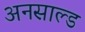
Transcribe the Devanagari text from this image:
अनसाल्ड